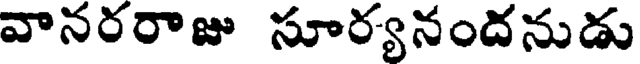
వానరరాజు సూర్యనందనుడు